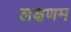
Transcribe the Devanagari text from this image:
लक्षणम